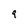
Character: 9